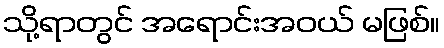
သို့ရာတွင် အရောင်းအဝယ် မဖြစ်။